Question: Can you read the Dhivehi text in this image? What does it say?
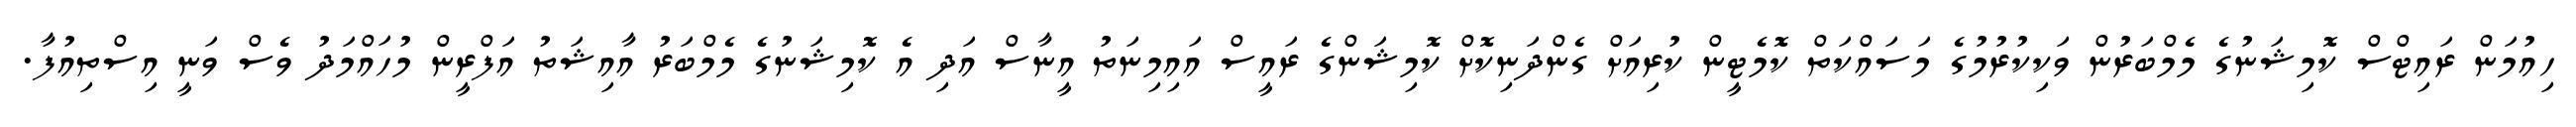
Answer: ހިއުމަން ރައިޓްސް ކޮމިޝަނުގެ މެމްބަރުން ވަކިކުރުމުގެ މަސައްކަތް ކޮމެޓީން ކުރިއަށް ގެންދަނިކޮށް ކޮމިޝަންގެ ރައީސް އައިމިނަތު އީނާސް އަދި އެ ކޮމިޝަނުގެ މެމްބަރު އާއިޝަތު އަފްރީން މުހައްމަދު ވެސް ވަނީ އިސްތިއުފާ.